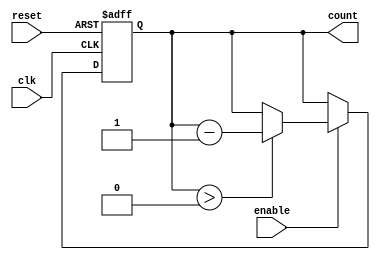
module down_counter (
    input wire clk,         // Clock signal
    input wire reset,       // Asynchronous active-high reset
    input wire enable,      // Active-high enable signal
    output reg [3:0] count  // 4-bit counter output
);

    // Maximum value for a 4-bit counter
    localparam MAX_COUNT = 4'b1111; // 15 in decimal

    // Asynchronous reset and counting logic
    always @(posedge clk or posedge reset) begin
        if (reset) begin
            count <= MAX_COUNT; // Reset to maximum value
        end else if (enable) begin
            if (count > 0) begin
                count <= count - 1; // Decrement count if above 0
            end
            // If count is 0, it stays at 0 (underflow prevention)
        end
    end

endmodule